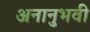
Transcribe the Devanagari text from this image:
अनानुभवी